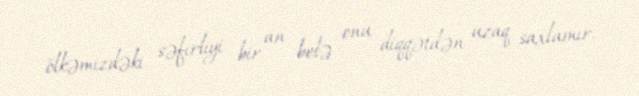
ölkəmizdəki səfirliyi bir an belə onu diqqətdən uzaq saxlamır.